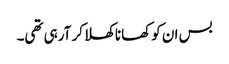
بس ان کو کھانا کھلا کر آرہی تھی۔